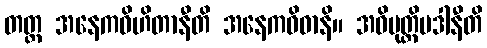
တတ္ထ အနေကဝိဟိတာနီတိ အနေကဝိဓာနိ။ အဓိမုတ္တိပဒါနီတိ